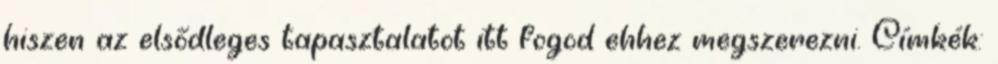
hiszen az elsődleges tapasztalatot itt fogod ehhez megszerezni. Címkék: